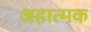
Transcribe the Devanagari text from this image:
अहात्मक